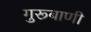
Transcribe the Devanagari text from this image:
गुरूबाणी